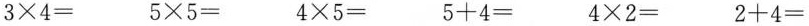
$$3 × 4 =$$ $$5 × 5 =$$ $$4 × 5 =$$ $$5 + 4 =$$ $$4 × 2 =$$ $$2 + 4 =$$